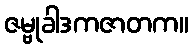
ဇမ္ဗုခါဒကဇာတက။